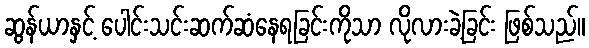
ဆွန်ယာနှင့် ပေါင်းသင်းဆက်ဆံနေရခြင်းကိုသာ လိုလားခဲ့ခြင်း ဖြစ်သည်။